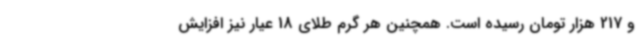
و 217 هزار تومان رسیده است. همچنین هر گرم طلای 18 عیار نیز افزایش